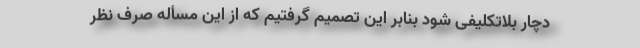
دچار بلاتکلیفی شود بنابر این تصمیم گرفتیم که از این مسأله صرف نظر